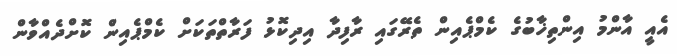
އެއީ އާންމު އިންތިޚާބުގެ ކެމްޕެއިން ތެރޭގައި ރާފިދާ އިދިކޮޅު ފަރާތްތަކަށް ކެމްޕެއިން ކޮށްދެއްވާން